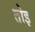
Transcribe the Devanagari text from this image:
तोइ